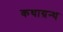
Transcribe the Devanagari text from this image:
कथाग्रन्थ